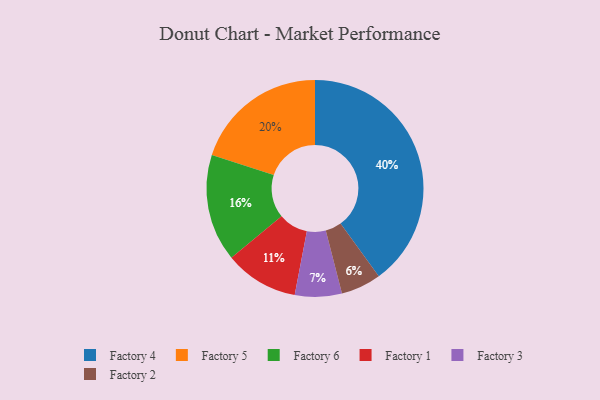
{"axis": {"x": "Category", "y": "Percentage"}, "legend": ["Factory 1", "Factory 2", "Factory 3", "Factory 4", "Factory 5", "Factory 6"], "data": [{"x": "Factory 4", "y": 40, "type": "Factory 4"}, {"x": "Factory 5", "y": 20, "type": "Factory 5"}, {"x": "Factory 3", "y": 7, "type": "Factory 3"}, {"x": "Factory 1", "y": 11, "type": "Factory 1"}, {"x": "Factory 2", "y": 6, "type": "Factory 2"}, {"x": "Factory 6", "y": 16, "type": "Factory 6"}]}